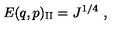
E ( q , p ) _ { \mathrm { { I I } } } = J ^ { 1 / 4 } \ ,